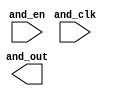
// This program was cloned from: https://github.com/chipsalliance/aib-phy-hardware
// License: Apache License 2.0

// SPDX-License-Identifier: Apache-2.0
// Copyright (C) 2019 Intel Corporation. 
//-----------------------------------------------------------------------------
//  Clock XOR macro
//-----------------------------------------------------------------------------

module altr_hps_ckand_gate (
    input  wire              and_clk,     // and input 1
    input  wire              and_en,     // and input 2
    output  wire             and_out      // and output
);

// -------------------
// Port declarations
// -------------------

// -----
// RTL
// -----

`ifdef ALTR_HPS_INTEL_MACROS_OFF
assign and_out = and_clk & and_en;

`else



`endif

endmodule